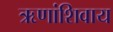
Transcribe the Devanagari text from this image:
ऋणांशिवाय